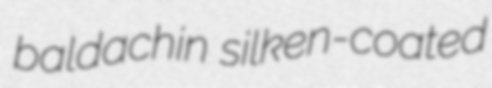
baldachin silken-coated